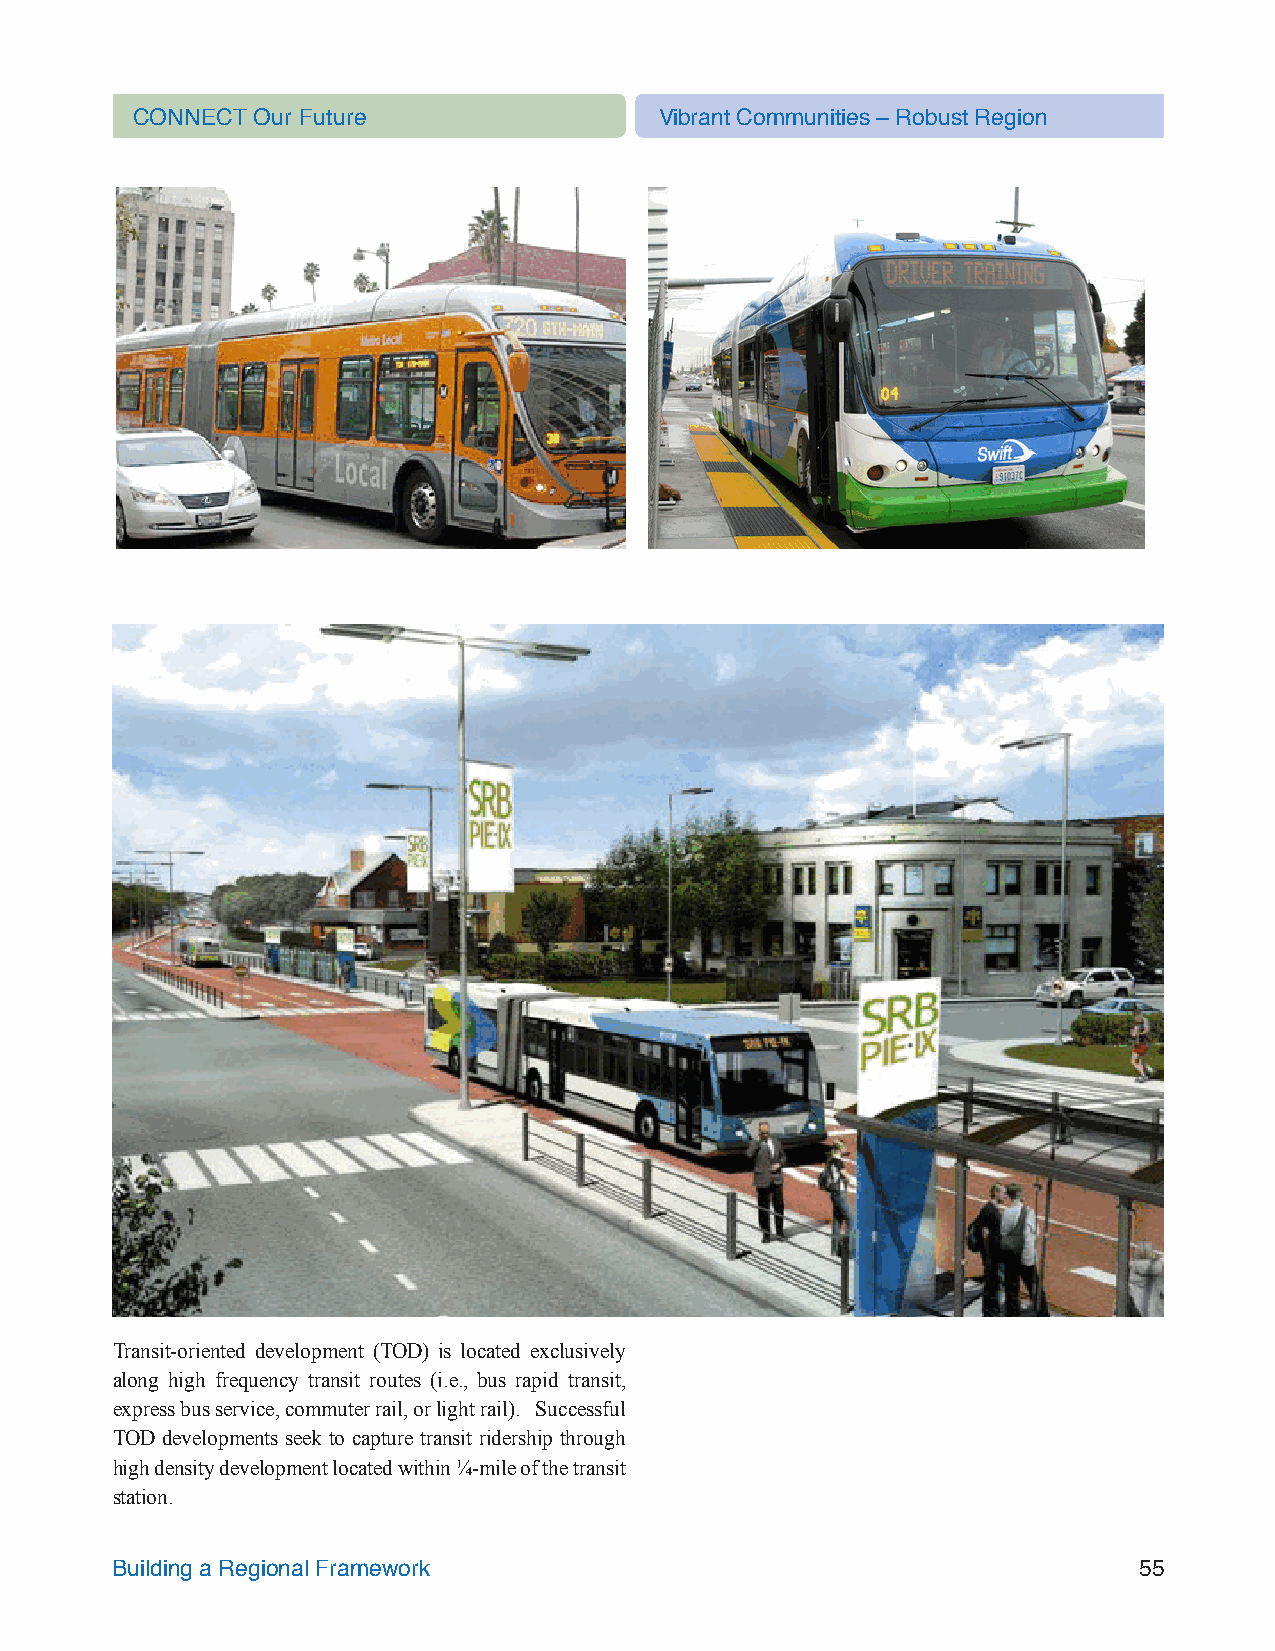
CONNECT Our Future                 Vibrant Communities – Robust Region
 Transit-oriented development (TOD) is located exclusively
 along high frequency transit routes (i.e., bus rapid transit,
 express bus service, commuter rail, or light rail). Successful
 TOD developments seek to capture transit ridership through
 high density development located within ¼-mile of the transit
 station.
 Building a Regional Framework                                       55